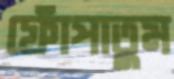
ফোঁপাতুম